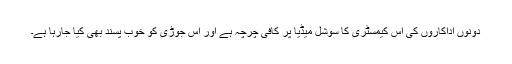
دونوں اداکاروں کی اس کیمسٹری کا سوشل میڈیا پر کافی چرچہ ہے اور اس جوڑی کو خوب پسند بھی کیا جارہا ہے۔